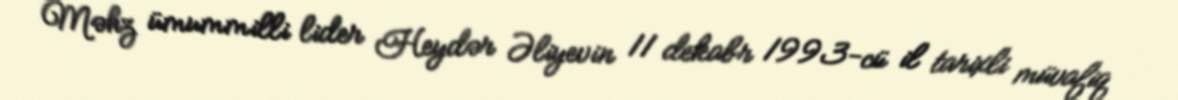
Məhz ümummilli lider Heydər Əliyevin 11 dekabr 1993-cü il tarixli müvafiq